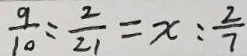
\frac { 9 } { 1 0 } = \frac { 2 } { 2 1 } = x : \frac { 2 } { 7 }